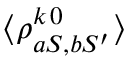
\langle \rho _ { a S , b S ^ { \prime } } ^ { k \, 0 } \rangle